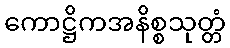
ကောဋ္ဌိကအနိစ္စသုတ္တံ